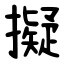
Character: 擬